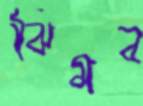
ঝিমব